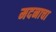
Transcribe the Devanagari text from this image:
मदनाचा